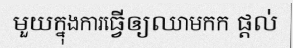
មួយក្នុងការធ្វើឲ្យឈាមកក ផ្តល់